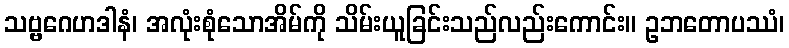
သဗ္ဗဂေဟဒါနံ၊ အလုံးစုံသောအိမ်ကို သိမ်းယူခြင်းသည်လည်းကောင်း။ ဥဘတောပဿံ၊